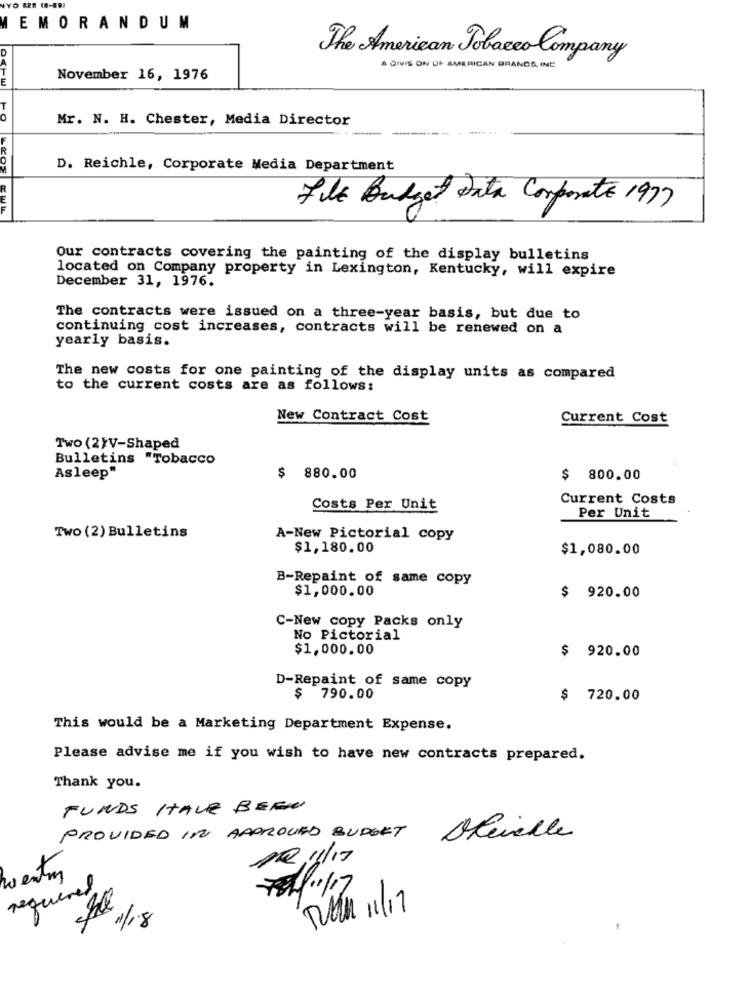
EMORANDUM
The American Tobacco Company
DIVIS ON DE AMERICAN BRANDS, INE
November 16, 1976
10
Mr. N. H. Chester, Media Director
D. Reichle, Corporate Media Department
File Budget Data Corporate 1977
Our contracts covering the painting of the display bulletins
located on Company property in Lexington, Kentucky, will expire
December 31, 1976.
The contracts were issued on a three-year basis, but due to
continuing cost increases, contracts will be renewed on a
yearly basis.
The new costs for one painting of the display units as compared
to the current costs are as follows:
New Contract Cost
Current Cost
Two (2}V-Shaped
Bulletins "Tobacco
Asleep"
$ 880.00
$ 800.00
Current Costs
Costs Per Unit
Per Unit
Two (2) Bulletins
A-New Pictorial copy
$1,180.00
$1,080.00
B-Repaint of same copy
$1,000.00
$ 920.00
C-New copy Packs only
No Pictorial
$1,000.00
$ 920.00
D-Repaint of same copy
$
790.00
$ 720.00
This would be a Marketing Department Expense.
Please advise me if you wish to have new contracts prepared.
Thank you.
FUNDS HAVE BEEN
PROVIDED IN APPROVED BUDGET
Blevelle
112/11/17
hoentm
required
78/11/17
sal
RUM 11/17
11/18